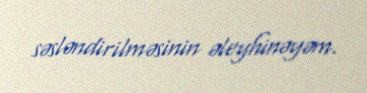
səsləndirilməsinin əleyhinəyəm.